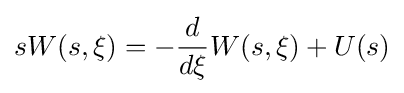
sW(s,\xi )=-{\frac {d}{d\xi }}W(s,\xi )+U(s)